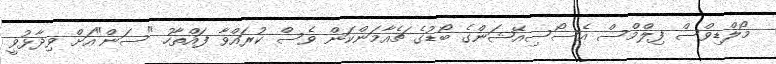
މޯލްޑިވްސް ފިލްމްސް އެސޯސިއޭޝަންގެ ބޯޑުގެ ޗެއާމަންކަން ވެސް ކުރައްވާ ފައްތާހު "ސަން"އަށް ވިދާޅުވީ